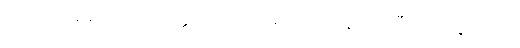
ပါဝင်လိမ့်မည်၊) ပရိဝုတ္တဒိဝသေ ပရိဝါသ် နေအပ်ပြီးရာ နေ့တို့ကို။